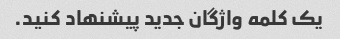
یک کلمه واژگان جدید پیشنهاد کنید.